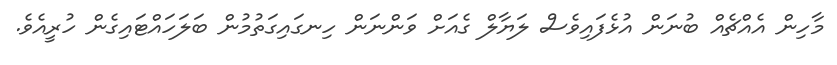
މާހިން އެއްޗެއް ބުނަން އުޅެފައިވެސް ލަޔާލް ގެއަށް ވަންނަން ހިނގައިގަތުމުން ބަލަހައްޓައިގެން ހުރީއެވެ.